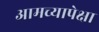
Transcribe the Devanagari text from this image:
आमच्यापेक्षा